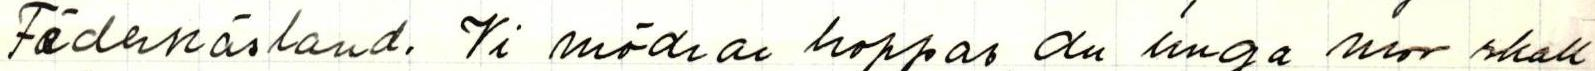
Fädernäsland. Vi mödrar hoppas du unga mor skall